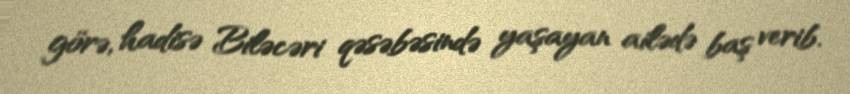
görə, hadisə Biləcəri qəsəbəsində yaşayan ailədə baş verib.